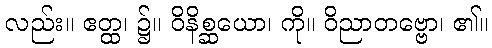
လည်း။ ဧတ္ထ၊ ၌။ ဝိနိစ္ဆယော၊ ကို။ ဝိညာတဗ္ဗော၊ ၏။